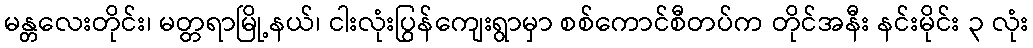
မန္တလေးတိုင်း၊ မတ္တရာမြို့နယ်၊ ငါးလုံးပြွန်ကျေးရွာမှာ စစ်ကောင်စီတပ်က တိုင်အနီး နင်းမိုင်း ၃ လုံး